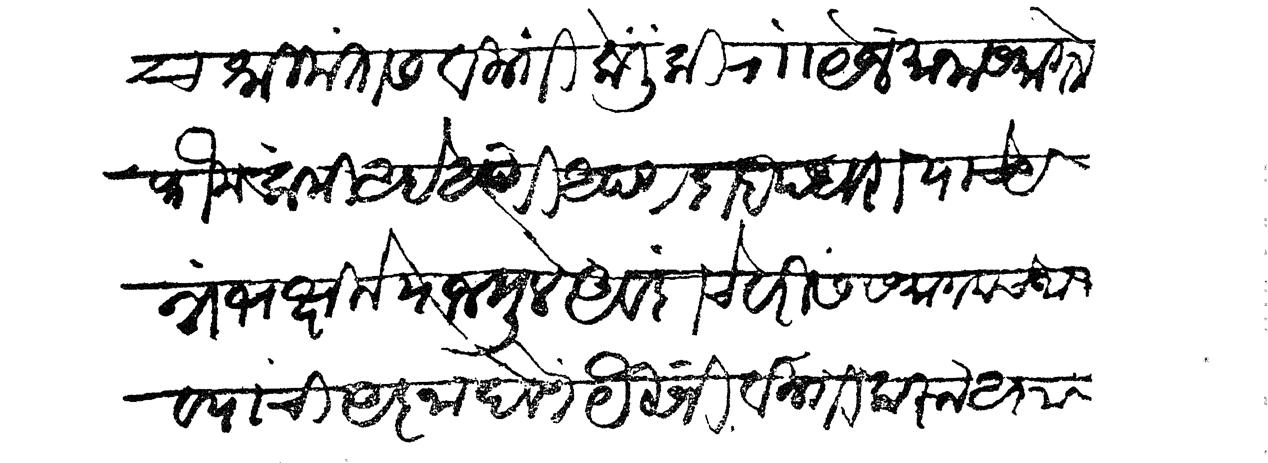
Transliteration (Devanagari): च श्रीमंतास विनंती केली की राा येजमानासमागमे फौज कमी आहे आणि आपण दाहा पंधरा वर्षे याच अन्न भक्षिले याजमुले अवंदाचे वरीस समागमेच जावयाची आज्ञा ठेवणे यैसी विनंती करून आज्ञा